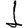
Digit: 1